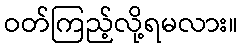
ဝတ်ကြည့်လို့ရမလား။